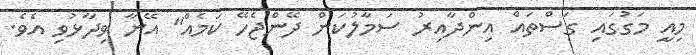
މިއީ މަގުގައި ގަސްތައް އިންދާއިރު ސަމާލުކަން ދޭންޖެހޭ ކަމެއް" އޭނާ ވިދާޅުވި އެވެ.